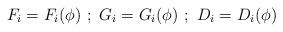
LaTeX: \begin{align*}F_i=F_i(\phi) \ ; \ G_i=G_i(\phi) \ ; \ D_i=D_i(\phi)\end{align*}